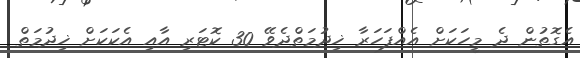
އެގޮތުން ދެ މީހަކަށް އެއްފަހަރާ ޚިދުމަތްދެވޭ 30 ކޮޓަރި އާއި އެކަކަށް ޚިދުމަތް